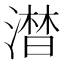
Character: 澘